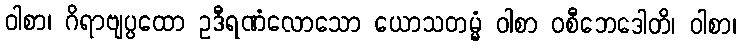
ဝါစာ၊ ဂိရာဗျပ္ပထော ဥဒီရဏံလောသော ယောသတမ္မံ ဝါစာ ဝစီဘေဒေါတိ၊ ဝါစာ၊